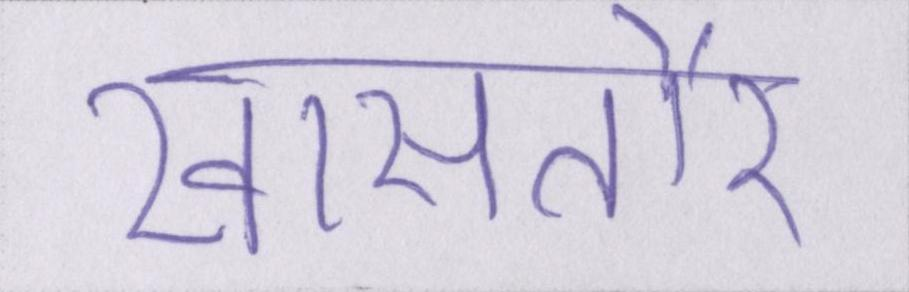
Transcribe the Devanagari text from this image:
खासतौर